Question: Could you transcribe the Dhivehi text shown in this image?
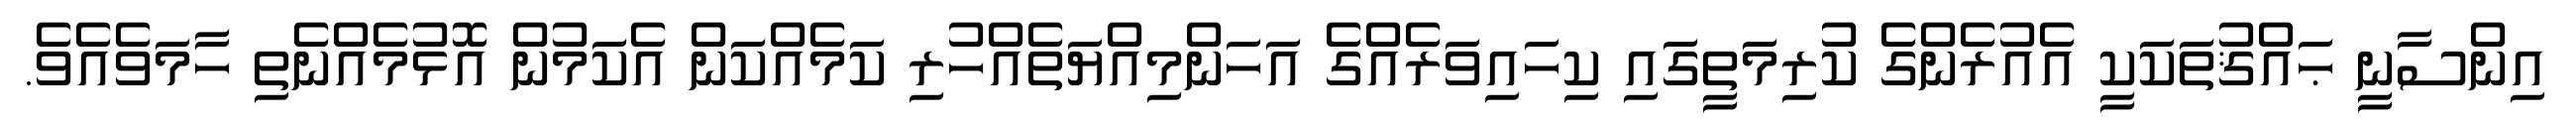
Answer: އިންސާނީ ޙައްޤުތަކަކީ އެއުރެންގެ ކުރިމަތީގައި ކިހައިވަރެއްގެ އަހަންމިއްޔަތެއްހުރި ކަމެއްކަން އެކަމުން އޮޅުމެއްނެތި ހާމަވެއެވެ.